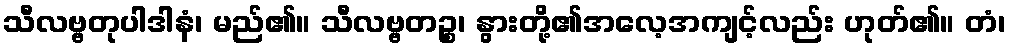
သီလဗ္ဗတုပါဒါနံ၊ မည်၏။ သီလဗ္ဗတဉ္စ၊ နွားတို့၏အလေ့အကျင့်လည်း ဟုတ်၏။ တံ၊